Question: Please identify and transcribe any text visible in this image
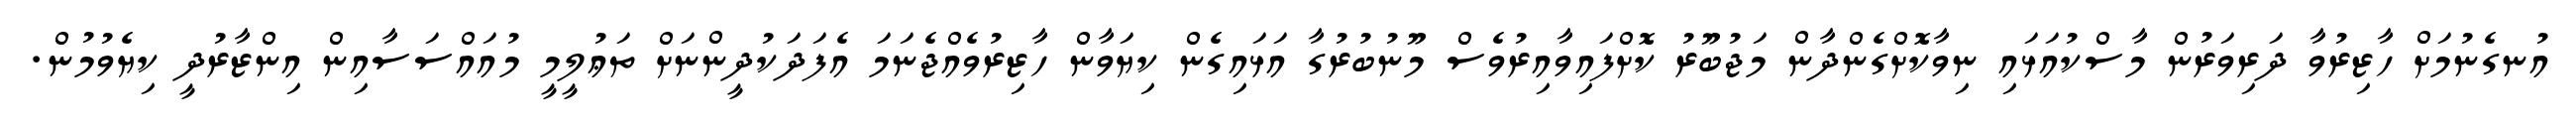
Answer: އުނގެނުމަށް ހާޒިރުވާ ދަރިވަރުން މާސްކުއަޅައި ނިވާކޮށްގެންދާން މަޖުބޫރު ކޮށްފައިވާއިރުވެސް މޫނުބުރުގާ އަޅައިގެން ކިޔަވާން ހާޒިރުވެއްޖެނަމަ އެފަދަކުދީންނަށް ތަޢުލީމީ މުއައްސަސާއިން އިންޒާރުދީ ކިޔެވުމުން.